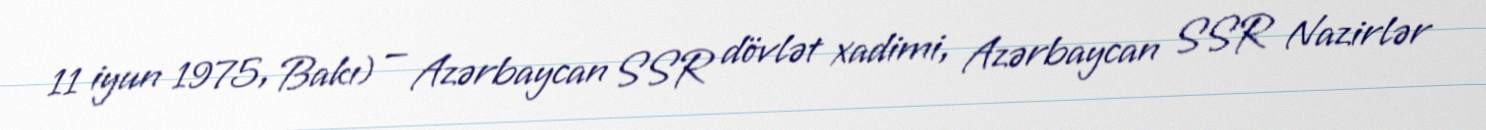
11 iyun 1975, Bakı) — Azərbaycan SSR dövlət xadimi, Azərbaycan SSR Nazirlər